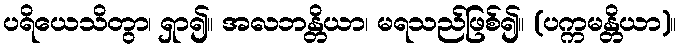
ပရိယေသိတွာ၊ ရှာ၍။ အလဘန္တိယာ၊ မရသည်ဖြစ်၍။ (ပက္ကမန္တိယာ)။